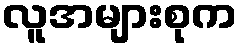
လူအများစုက